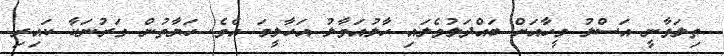
ތިލަވާނީ އަސްލު މީހާއަށް ބައްދަލުވެލައި ހާލުއަވާލު އަހާލީމަ އެވެ. ހަޔާތުން ގަރުނަކާ ކައިރި